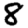
Digit: 8